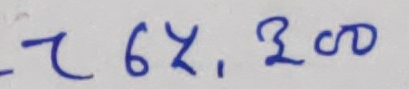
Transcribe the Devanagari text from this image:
७६४, ३००